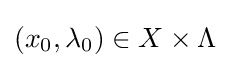
(x_{0},\lambda _{0})\in X\times \Lambda